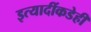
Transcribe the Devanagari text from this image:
इत्यादींकडेही